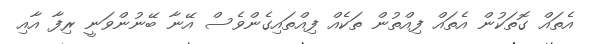
އެތައް ގޮތަކުން އެތައް ފިއްތުން ތަކެއް ފިއްތައިގެންވެސް އޭނާ ބޭނުންވަނީ ރިފާ އާއި